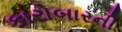
કારોબારની